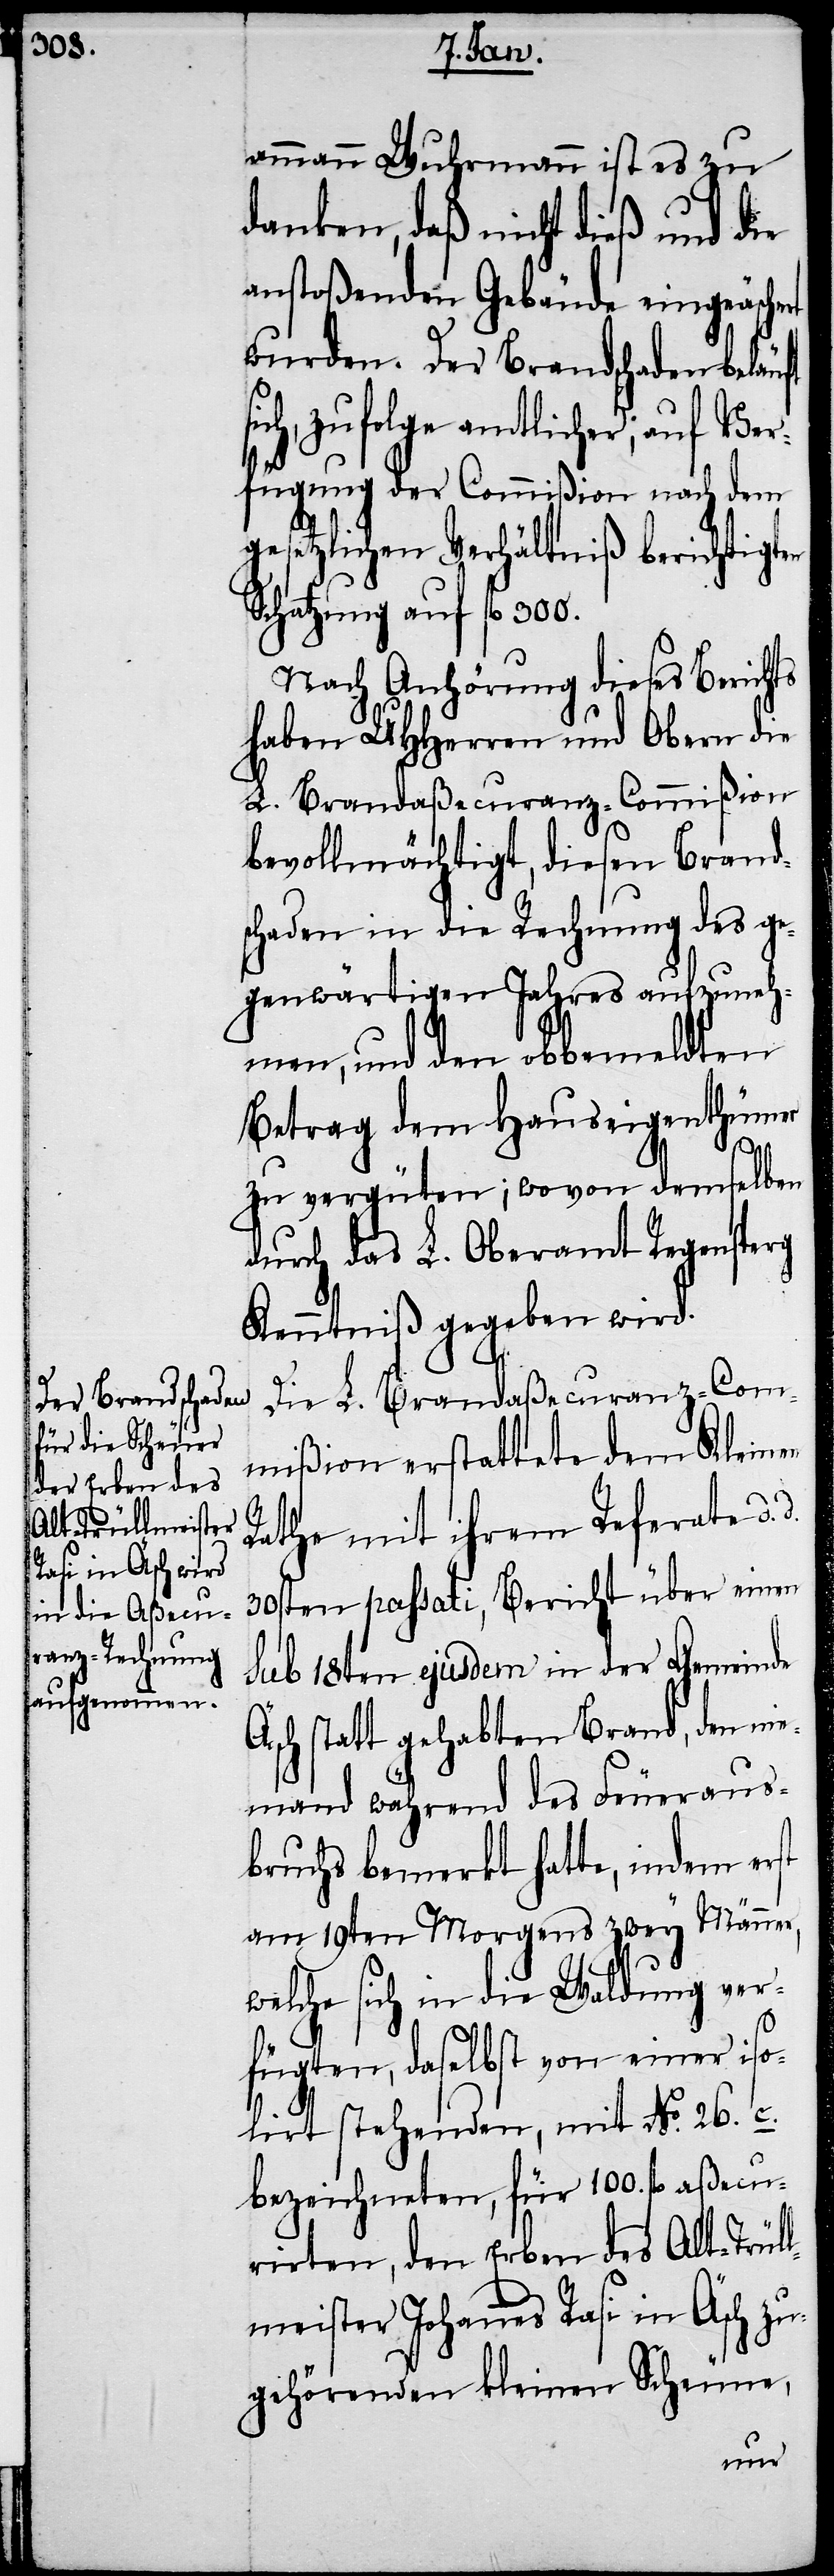
ammann Wuhrmann ist es zu
danken, daß nicht dieß und die
anstoßenden Gebäude eingeäsche¬
wurden. Der Brandschaden beläuft
ich, zu Folge amtlicher; auf Ver¬
fügung der Commißion nach dem
gesetzlichen Verhältniß berichtigten
Schatzung auf fl. 300.
Nach Anhörung dieses Berichts
haben UHHerren und Obern die
L. Brandaßecuranz-Commißion
bevollmächtigt, diesen Brand¬
schaden in die Rechnung des ge¬
genwärtigen Jahres aufzuneh¬
men, und den obbemeldten
Betrag dem Hauseigenthümer
Ä¬
zu vergüten; wovon demselben
durch das L. Oberamt Regensperg
Kenntniß gegeben wird.
Die L. Brandaßecuranz-Com¬
mißion erstattete dem Kleinen
Rathe mit ihrem Referate d.
30sten passati, Bericht über einen
sub 18ten ejusdem in der Gemeinde
sch statt gehabten Brand, den ni¬
emand während des Feueraus¬
bruchs bemerkt hatte, indem erst
am 19ten Morgens zwey Männer,
welche sich in die Waldung ver¬
fügten, daselbst von einer iso¬
lirt stehenden, mit No. 26. c.
bezeichneten, für 100. fl. aßecu¬
rirten, den Erben des Alt-Trül¬
lmeister Johannes Rasi in Äsch zu¬
gehörenden kleinen Scheune,